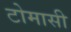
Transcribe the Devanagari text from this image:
टोमासी